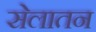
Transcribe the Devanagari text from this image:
सेलातन